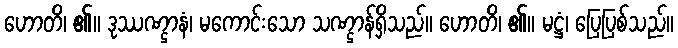
ဟောတိ၊ ၏။ ဒုဿဏ္ဌာနံ၊ မကောင်းသော သဏ္ဌာန်ရှိသည်။ ဟောတိ၊ ၏။ မဋ္ဌံ၊ ပြေပြစ်သည်။